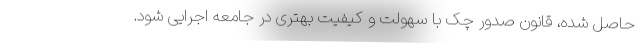
حاصل شده، قانون صدور چک با سهولت و کیفیت بهتری در جامعه اجرایی شود.